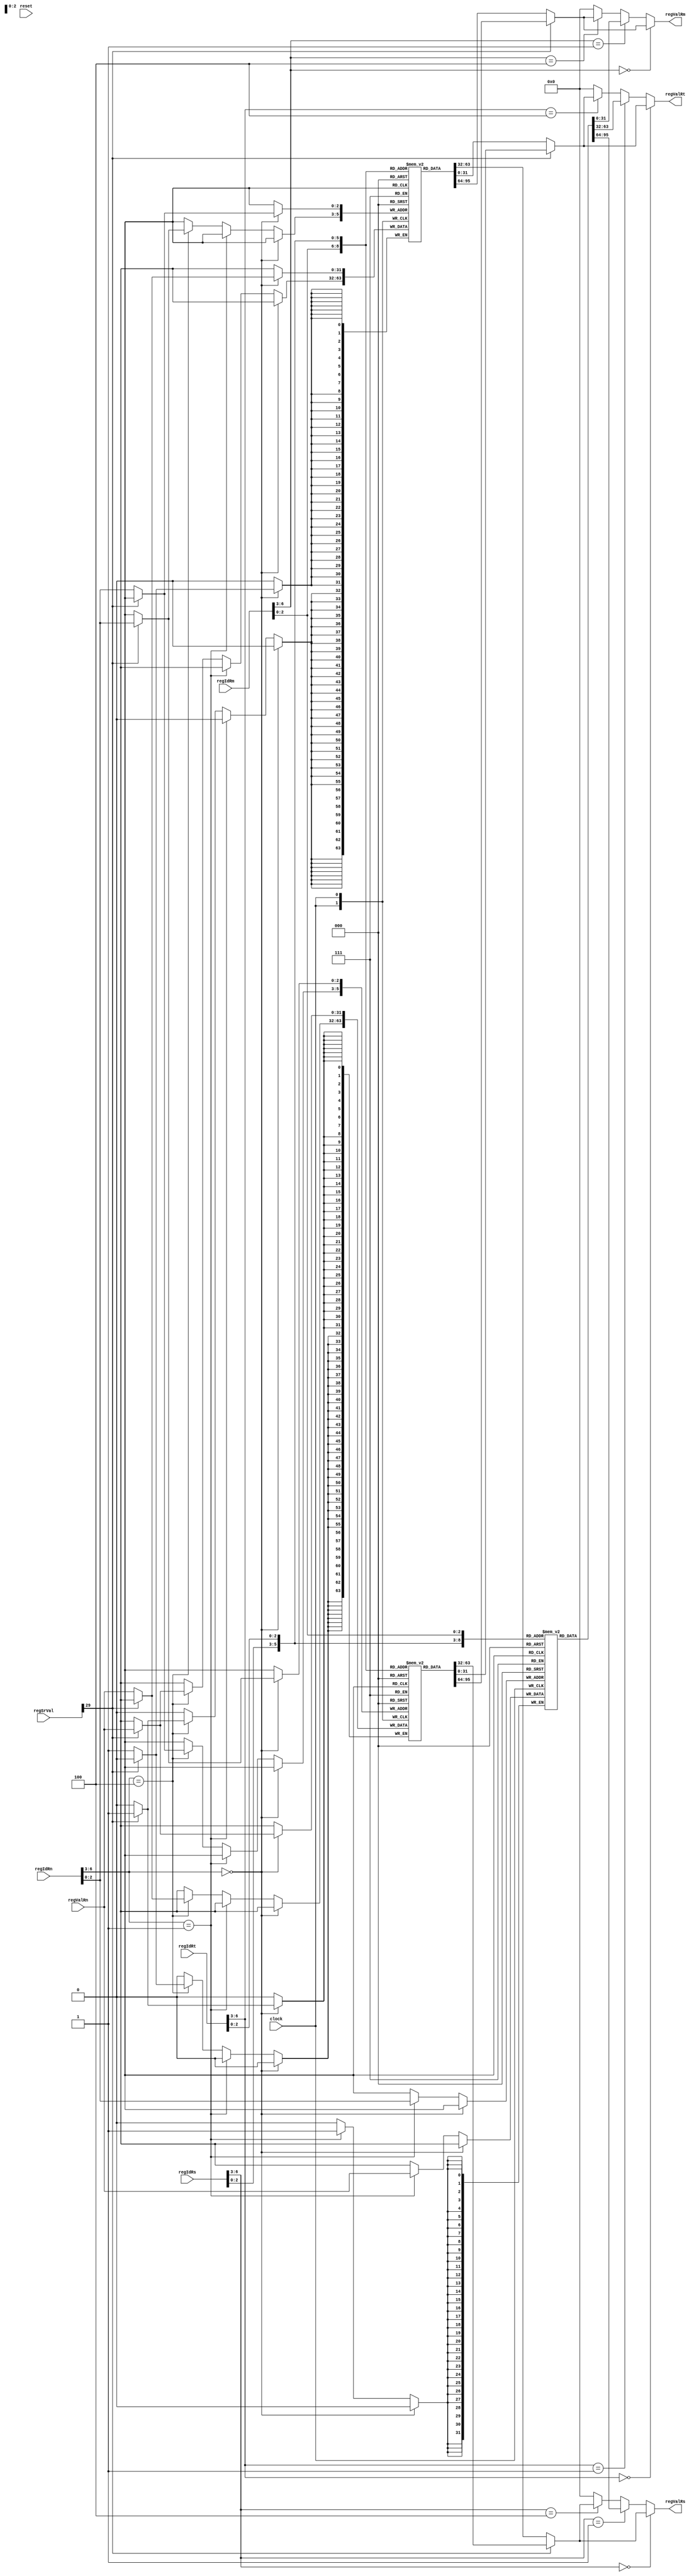
/*
GPR Bank

Reads from Rs, Rt, and Rm.
Writes to Rn.
 */

module RegGPR(
	/* verilator lint_off UNUSED */
	clock, reset,
	regIdRs, regValRs,
	regIdRt, regValRt,
	regIdRm, regValRm,
	regIdRn, regValRn,
	regSrVal);

input clock;
input reset;

input[6:0]		regIdRs;
input[6:0]		regIdRt;
input[6:0]		regIdRm;
input[6:0]		regIdRn;

output[31:0]	regValRs;
output[31:0]	regValRt;
output[31:0]	regValRm;
input[31:0]		regValRn;

input[31:0]		regSrVal;

reg			regSrRB;
reg[31:0]	tRegValRs;
reg[31:0]	tRegValRt;
reg[31:0]	tRegValRm;

reg[31:0]	regGprLA[7:0];
reg[31:0]	regGprLB[7:0];
reg[31:0]	regGprH[7:0];

assign regValRs = tRegValRs;
assign regValRt = tRegValRt;
assign regValRm = tRegValRm;

always @ (clock)
begin
	tRegValRs=0;
	tRegValRt=0;
	tRegValRm=0;

	regSrRB=regSrVal[29];

	if(regIdRs[6:3]==4'h0)
	begin
		tRegValRs=regSrRB?
			regGprLB[regIdRs[2:0]]:
			regGprLA[regIdRs[2:0]];
	end
	else if(regIdRs[6:3]==4'h1)
	begin
		tRegValRs=regGprH[regIdRs[2:0]];
	end
	else if(regIdRs[6:3]==4'h4)
	begin
		tRegValRs=regSrRB?
			regGprLB[regIdRs[2:0]]:
			regGprLA[regIdRs[2:0]];
	end

	if(regIdRt[6:3]==4'h0)
	begin
		tRegValRt=regSrRB?
			regGprLB[regIdRt[2:0]]:
			regGprLA[regIdRt[2:0]];
	end
	else if(regIdRt[6:3]==4'h1)
	begin
		tRegValRt=regGprH[regIdRt[2:0]];
	end
	else if(regIdRt[6:3]==4'h4)
	begin
		tRegValRt=regSrRB?
			regGprLB[regIdRt[2:0]]:
			regGprLA[regIdRt[2:0]];
	end

	if(regIdRm[6:3]==4'h0)
	begin
		tRegValRm=regSrRB?
			regGprLB[regIdRm[2:0]]:
			regGprLA[regIdRm[2:0]];
	end
	else if(regIdRm[6:3]==4'h1)
	begin
		tRegValRm=regGprH[regIdRm[2:0]];
	end
	else if(regIdRm[6:3]==4'h4)
	begin
		tRegValRm=regSrRB?
			regGprLB[regIdRm[2:0]]:
			regGprLA[regIdRm[2:0]];
	end
end

always @ (posedge clock)
begin
	if(regIdRn[6:3]==4'h0)
	begin
		if(regSrRB)
			regGprLB[regIdRn[2:0]] <= regValRn;
		else
			regGprLA[regIdRn[2:0]] <= regValRn;
	end
	else if(regIdRn[6:3]==4'h1)
	begin
		regGprH[regIdRn[2:0]] <= regValRn;
	end
	else if(regIdRn[6:3]==4'h4)
	begin
		if(regSrRB)
			regGprLA[regIdRn[2:0]] <= regValRn;
		else
			regGprLB[regIdRn[2:0]] <= regValRn;
	end
end

endmodule